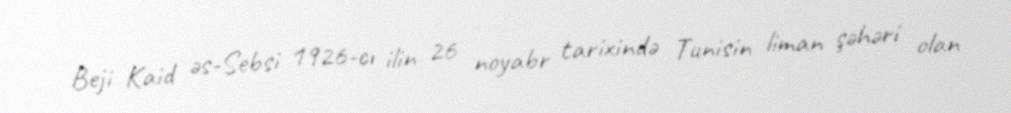
Beji Kaid əs-Sebsi 1926-cı ilin 26 noyabr tarixində Tunisin liman şəhəri olan